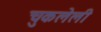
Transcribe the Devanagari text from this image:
चुकलेली